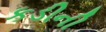
કડીની